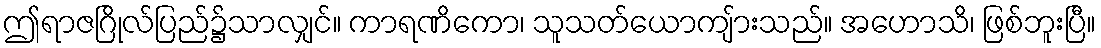
ဤရာဇဂြိုလ်ပြည်၌သာလျှင်။ ကာရဏိကော၊ သူသတ်ယောကျ်ားသည်။ အဟောသိ၊ ဖြစ်ဘူးပြီ။